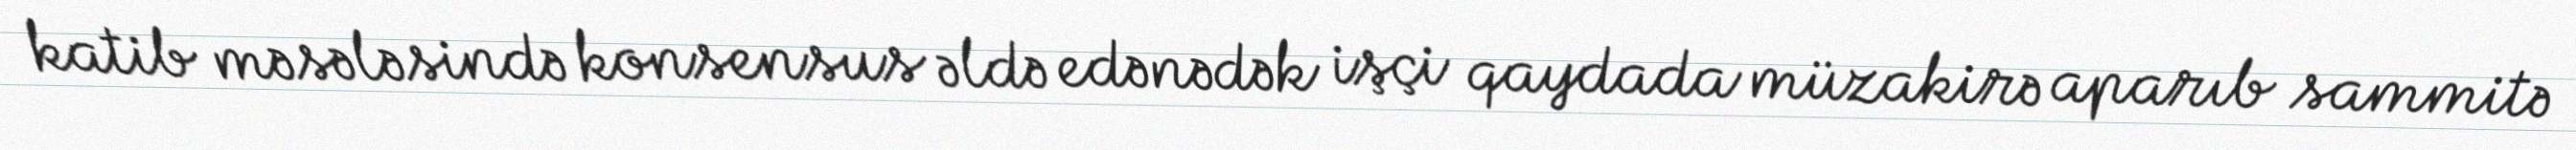
katib məsələsində konsensus əldə edənədək işçi qaydada müzakirə aparıb sammitə